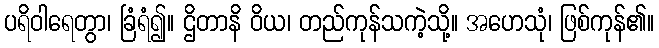
ပရိဝါရေတွာ၊ ခြံရံ၍။ ဌိတာနိ ဝိယ၊ တည်ကုန်သကဲ့သို့။ အဟေသုံ၊ ဖြစ်ကုန်၏။